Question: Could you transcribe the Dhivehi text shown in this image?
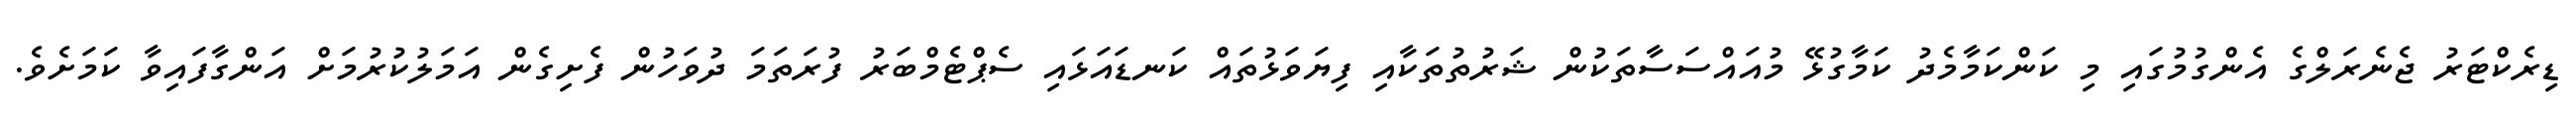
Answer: ޑިރެކްޓަރު ޖެނެރަލްގެ އެންގުމުގައި މި ކަންކަމާމެދު ކަމާގުޅޭ މުއައްސަސާތަކުން ޝަރުތުތަކާއި ފިޔަވަޅުތައް ކަނޑައަޅައި ސެޕްޓެމްބަރު ފުރަތަމަ ދުވަހުން ފެށިގެން އަމަލުކުރުމަށް އަންގާފައިވާ ކަމަށެވެ.